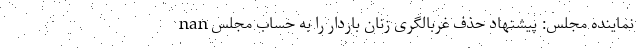
nan نماینده مجلس: پیشنهاد حذف غربالگری زنان باردار را به حساب مجلس